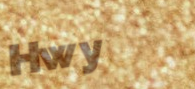
Hwy